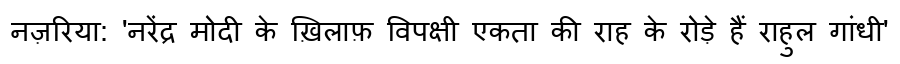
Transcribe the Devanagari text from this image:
नज़रिया: 'नरेंद्र मोदी के ख़िलाफ़ विपक्षी एकता की राह के रोड़े हैं राहुल गांधी'